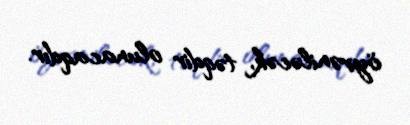
öyrəniləcək, təqdir olunacaqdır.